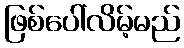
ဖြစ်ပေါ်လိမ့်မည်